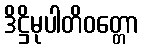
ဒိဋ္ဌိမုပါတိဝတ္တော